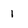
Character: 1